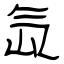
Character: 氙